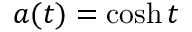
a ( t ) = \cosh { t }